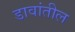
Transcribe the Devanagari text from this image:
डावांतील